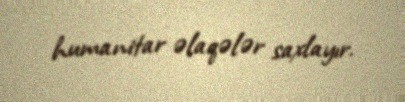
humanitar əlaqələr saxlayır.